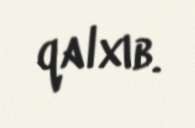
qalxıb.